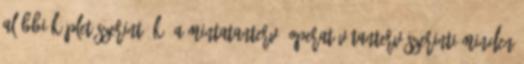
alábbi képlet szerint: K: a mintatanterv operatív tanterv szerinti minden